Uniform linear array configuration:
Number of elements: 64
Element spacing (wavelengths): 1
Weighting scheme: blackman
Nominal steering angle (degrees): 45
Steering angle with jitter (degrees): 43.821
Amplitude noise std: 0.05
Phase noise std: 0.05

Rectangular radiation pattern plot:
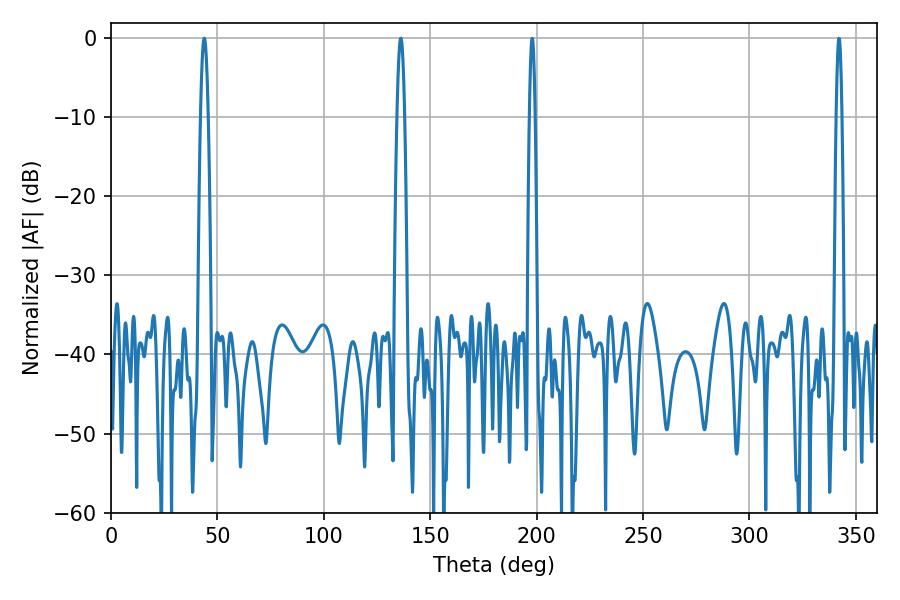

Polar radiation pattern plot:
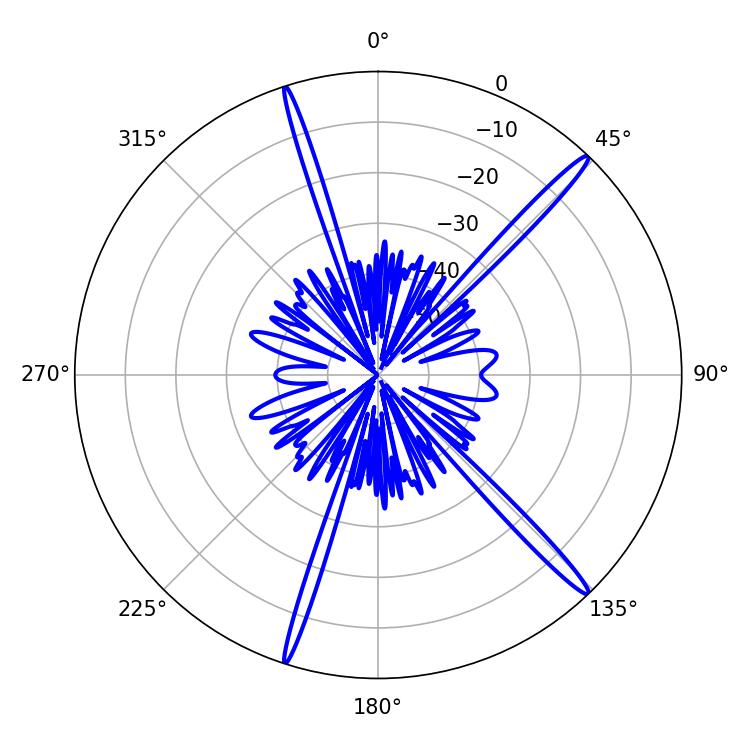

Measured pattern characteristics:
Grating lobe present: TRUE
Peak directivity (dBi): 17.571
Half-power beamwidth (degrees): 1.98
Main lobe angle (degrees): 43.74